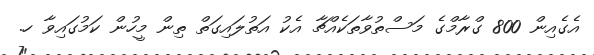
އެގެއިން 800 ގްރާމްގެ މަސްތުވާތަކެއްޗާ އެކު އަތުލައިގަތް ތިން މީހުން ކަމުގައިވާ ހ.